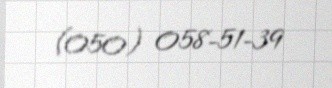
(050) 058-51-39